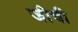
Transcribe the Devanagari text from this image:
जीची